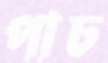
পাঢ